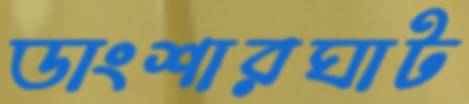
ডাংশারঘাট